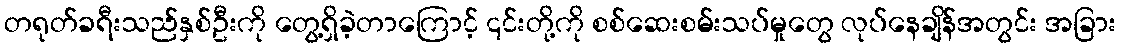
တရုတ်ခရီးသည်နှစ်ဦးကို တွေ့ရှိခဲ့တာကြောင့် ၎င်းတို့ကို စစ်ဆေးစမ်းသပ်မှုတွေ လုပ်နေချိန်အတွင်း အခြား